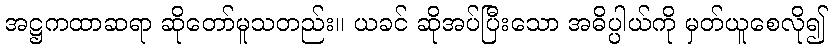
အဋ္ဌကထာဆရာ ဆိုတော်မူသတည်း။ ယခင် ဆိုအပ်ပြီးသော အဓိပ္ပါယ်ကို မှတ်ယူစေလို၍